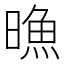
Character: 𣊘